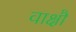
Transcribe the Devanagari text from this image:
वाक्षौ